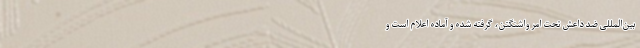
بین‌المللی ضد داعش تحت امر واشنگتن، گرفته شده و آماده اعلام است و